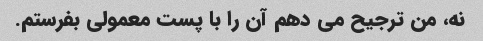
نه، من ترجیح می دهم آن را با پست معمولی بفرستم.